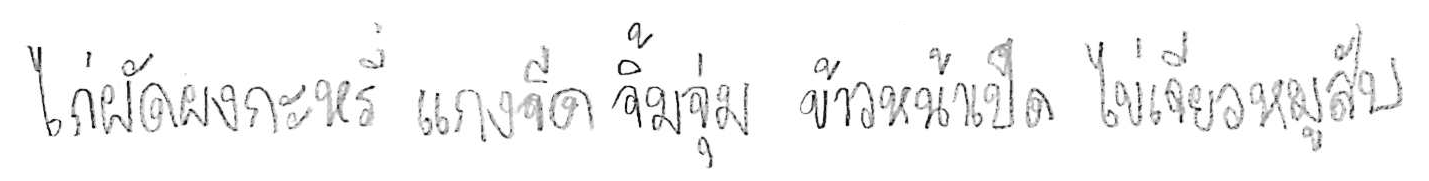
ไก่ผัดผงกะหรี่ แกงจืด จิ้มจุ่ม ข้าวหน้าเป็ด ไข่เจียวหมูสับ